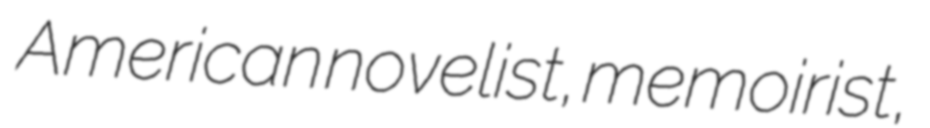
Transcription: American novelist, memoirist,